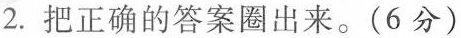
2.把正确的答案圈出来。(6分)